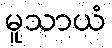
မူသာယံ